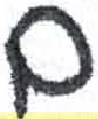
אות: נ